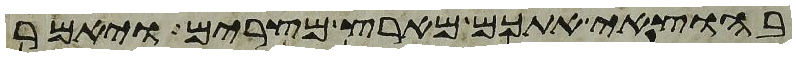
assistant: בהוצאי אתכם מארץ מצרים ויאמר